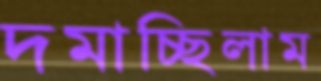
দমাচ্ছিলাম